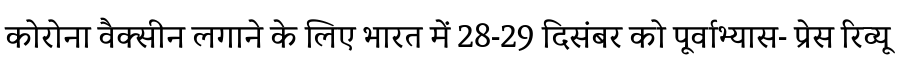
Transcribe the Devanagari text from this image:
कोरोना वैक्सीन लगाने के लिए भारत में 28-29 दिसंबर को पूर्वाभ्यास- प्रेस रिव्यू